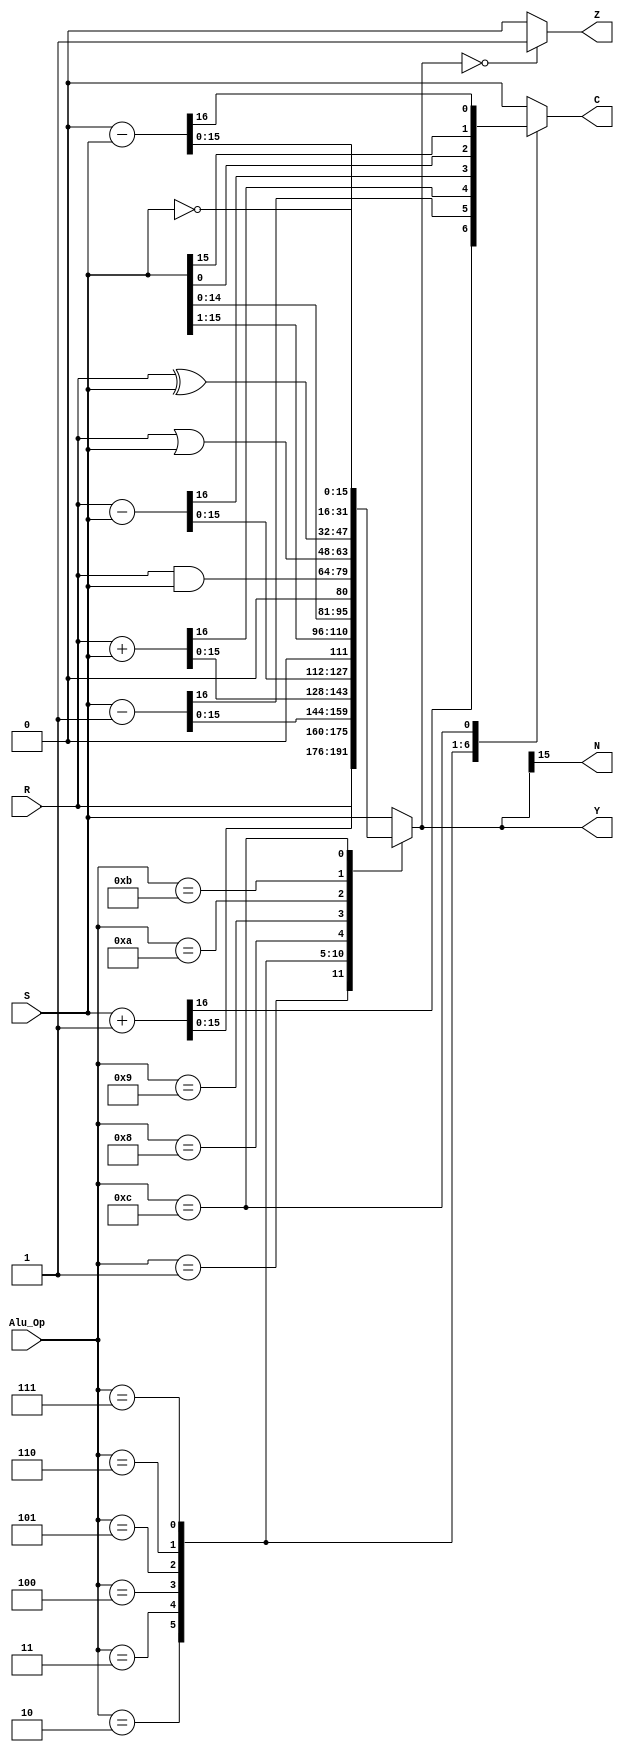
`timescale 1ns / 1ps
//////////////////////////////////////////////////////////////////////////////////
// File name: alu16
// Project: Lab 6
// Designer: Vinh Vu & Zachery Takkesh
// Rev. Date: April 5, 2018
//
// Purpose: This is a 16-bit ALU will be used in the 301 "Integer Datapath" project
//          to perform various manipulations on 16-bit integers. There are 4 "Op"
//				inputs to perform up to 16 basic operations. Currently, there are only
//				13 of the 16 operations used.
// Note:    The alu status flags represent the Y output being negative (N), 
//				zero (Z), and a carry out (C). 
//
//////////////////////////////////////////////////////////////////////////////////
module alu16(R, S, Alu_Op, Y, N, Z, C);

	// Input declarations
	input [15:0] R, S;
	input [3:0]  Alu_Op;
	
	// Output declarations
	output reg [15:0] Y;
	output reg        N, Z, C;
	
	always @ (R or S or Alu_Op) begin
		case (Alu_Op)
			4'b0000: {C,Y} = {1'b0, S}; // pass S
			4'b0001: {C,Y} = {1'b0, R}; // pass R
			4'b0010: {C,Y} = S+1;		 // increment S
			4'b0011: {C,Y} = S-1;		 // decrement S
			4'b0100: {C,Y} = R+S;       // add
			4'b0101: {C,Y} = R-S;		 // subtract
			4'b0110: begin    			 // right shift S (logic)
							 C = S[0];		 // {C,Y} = {S[0], 1'b0, S[15:1]}; 
							 Y = S >> 1;
						end
			4'b0111: begin					 // left shift S (logic)
							 C = S[15];		 // {C,Y} = {S[15], S[14:0], 1'b0};
							 Y = S << 1;
						end
			4'b1000: {C,Y} = {1'b0, R & S}; // logic and
			4'b1001: {C,Y} = {1'b0, R | S}; // logic or
			4'b1010: {C,Y} = {1'b0, R ^ S}; // logic xor
			4'b1011: {C,Y} = {1'b0, ~S};    // logic not S (1's complement)
			4'b1100: {C,Y} = 0 - S;			  // negate S (2's complement)
			default: {C,Y} = {1'b0, S};    // pass S for default
		endcase
		
		// Handle last 2 status flags
		N = Y[15];
		if ( Y == 16'b0)
			Z = 1'b1;
		else
			Z = 1'b0;
	end // end always
	
endmodule